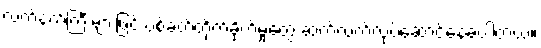
လက်နက်ကြီးများဖြင့် ပစ်ခတ်တိုက်ခိုက်မှုတွေ ဆက်လက်လုပ်ဆောင်နေခဲ့ပါတယ်။